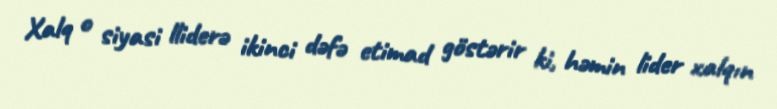
Xalq o siyasi lliderə ikinci dəfə etimad göstərir ki, həmin lider xalqın